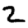
Digit: 2